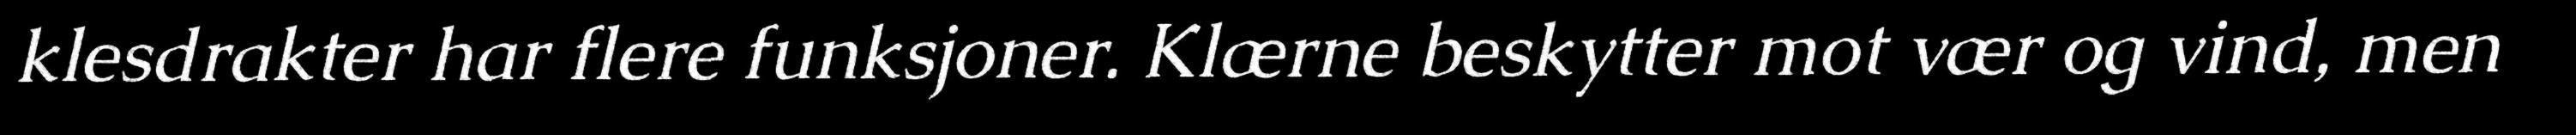
klesdrakter har flere funksjoner. Klærne beskytter mot vær og vind, men